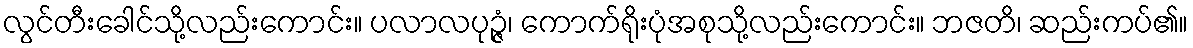
လွင်တီးခေါင်သို့လည်းကောင်း။ ပလာလပုဉ္ဇံ၊ ကောက်ရိုးပုံအစုသို့လည်းကောင်း။ ဘဇတိ၊ ဆည်းကပ်၏။